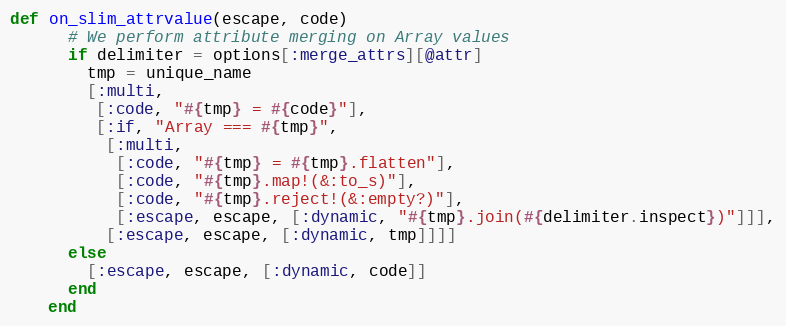
Language: Ruby
def on_slim_attrvalue(escape, code)
      # We perform attribute merging on Array values
      if delimiter = options[:merge_attrs][@attr]
        tmp = unique_name
        [:multi,
         [:code, "#{tmp} = #{code}"],
         [:if, "Array === #{tmp}",
          [:multi,
           [:code, "#{tmp} = #{tmp}.flatten"],
           [:code, "#{tmp}.map!(&:to_s)"],
           [:code, "#{tmp}.reject!(&:empty?)"],
           [:escape, escape, [:dynamic, "#{tmp}.join(#{delimiter.inspect})"]]],
          [:escape, escape, [:dynamic, tmp]]]]
      else
        [:escape, escape, [:dynamic, code]]
      end
    end